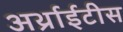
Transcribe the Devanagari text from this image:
अर्थ्राईटीस